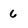
Character: 6